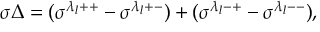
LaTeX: \sigma \, ( r _ { 1 } + r _ { 2 } + r _ { 3 } ) \, { \beta } _ { 1 } { \beta } _ { 2 } { \beta } _ { 3 } ,